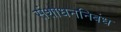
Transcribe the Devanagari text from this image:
संशोधननिबंध